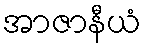
အာဇာနီယံ